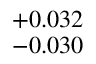
^ { + 0 . 0 3 2 } _ { - 0 . 0 3 0 }